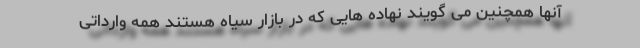
آنها همچنین می گویند نهاده هایی که در بازار سیاه هستند همه وارداتی